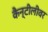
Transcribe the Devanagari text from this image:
कैन्टीलीवर